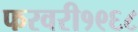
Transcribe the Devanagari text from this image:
फरवरी१९६८